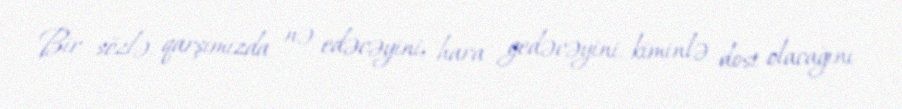
Bir sözlə, qarşımızda nə edəcəyini, hara gedəcəyini, kiminlə dost olacağını